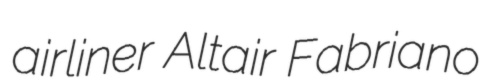
airliner Altair Fabriano